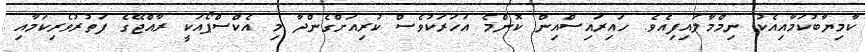
ކާމިޔާބުކަމާއިއެކު ނިމްމާލައިފިއެވެ. ހައިރައިސްއިން ކޮންމެ އަހަރަކުވެސް ކުރިއަށްގެންދާ މި އެކްސްޕޯއަކީ ރާއްޖޭގެ ފަތުރުވެރިކަމާއި